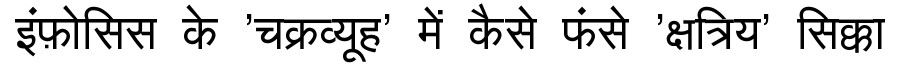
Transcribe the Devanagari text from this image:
इंफ़ोसिस के 'चक्रव्यूह' में कैसे फंसे 'क्षत्रिय' सिक्का